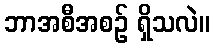
ဘာအစီအစဉ် ရှိသလဲ။